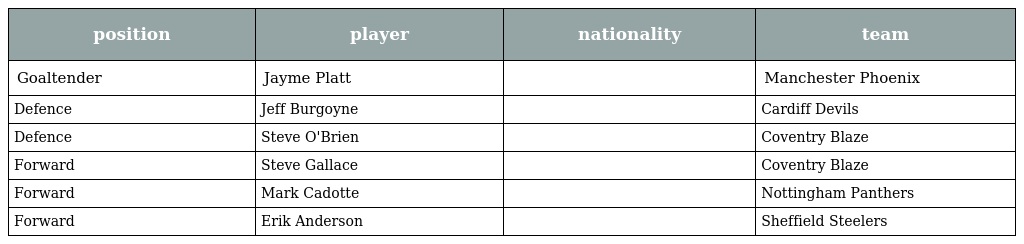
| position | player | nationality | team |
 | --- | --- | --- | --- |
 | Goaltender | Jayme Platt |  | Manchester Phoenix |
 | Defence | Jeff Burgoyne |  | Cardiff Devils |
 | Defence | Steve O'Brien |  | Coventry Blaze |
 | Forward | Steve Gallace |  | Coventry Blaze |
 | Forward | Mark Cadotte |  | Nottingham Panthers |
 | Forward | Erik Anderson |  | Sheffield Steelers |